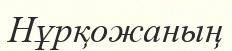
Нұрқожаның